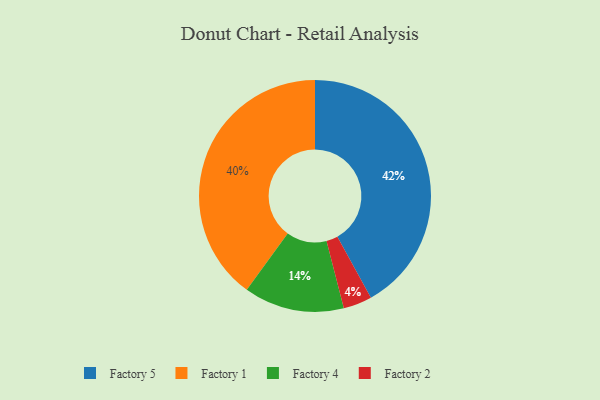
{"axis": {"x": "Category", "y": "Percentage"}, "legend": ["Factory 1", "Factory 2", "Factory 4", "Factory 5"], "data": [{"x": "Factory 2", "y": 4, "type": "Factory 2"}, {"x": "Factory 1", "y": 40, "type": "Factory 1"}, {"x": "Factory 4", "y": 14, "type": "Factory 4"}, {"x": "Factory 5", "y": 42, "type": "Factory 5"}]}